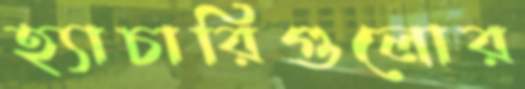
হ্যাচারিগুলোর